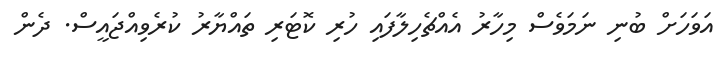
އަވަހަށް ބުނި ނަމަވެސް މިހާރު އެއްޗެހިލާފައި ހުރި ކޮޓަރި ތައްޔާރު ކުރެވިއްޖައީސް. ދެން